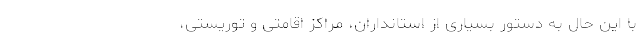
با این حال به دستور بسیاری از استانداران، مراکز اقامتی و توریستی،